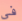
فى